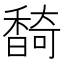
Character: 䭲